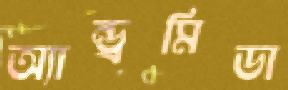
অ্যান্ড্রমিডা